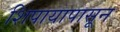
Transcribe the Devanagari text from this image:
शिपायापासून